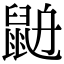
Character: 𪕄